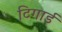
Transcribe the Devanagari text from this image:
टिगार्ड